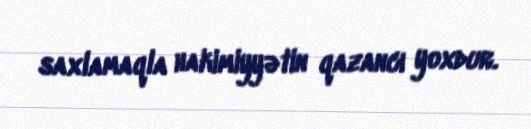
saxlamaqla hakimiyyətin qazancı yoxdur.